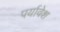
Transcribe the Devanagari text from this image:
पर्यावेश